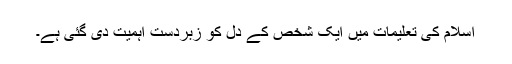
اسلام کی تعلیمات میں ایک شخص کے دل کو زبردست اہمیت دی گئی ہے۔